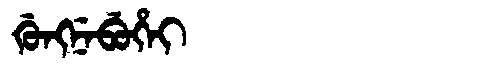
Manchu: ᡤᡠᠩᠨᡝᠪᡠᡥᡝᡳ
Romanization: GUNGNEBUHEI